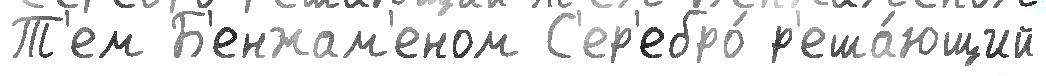
Т'ем Б'енжам'еном С'ер'ебро́ р'еша́ющий